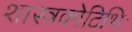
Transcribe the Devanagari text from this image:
शास्त्रकोटिभिः